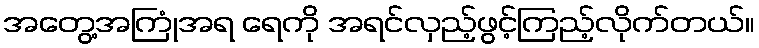
အတွေ့အကြုံအရ ရေကို အရင်လှည့်ဖွင့်ကြည့်လိုက်တယ်။